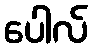
ပေါလ်